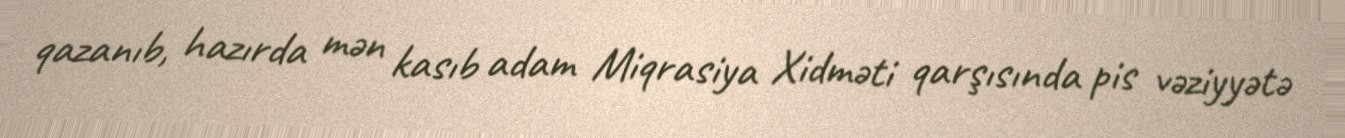
qazanıb, hazırda mən kasıb adam Miqrasiya Xidməti qarşısında pis vəziyyətə